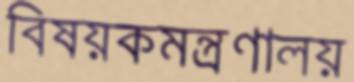
বিষয়কমন্ত্রণালয়